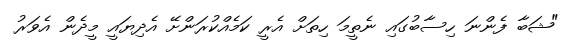
"ޝަބާ ފެންނަ ހިސާބުގައި ނެތީމަ ހިތަށް އެރީ ކަމެއްކުރަންށޭ އެދިޔައީ މީދެން އެވަރު